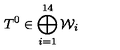
T ^ { 0 } \in \bigoplus _ { i = 1 } ^ { 1 4 } { \mathcal W } _ { i }